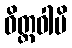
ဝိတ္တဝါပိ